Statistical return of the lunatic asylum in Assam - 1912-1932
Year: 1912
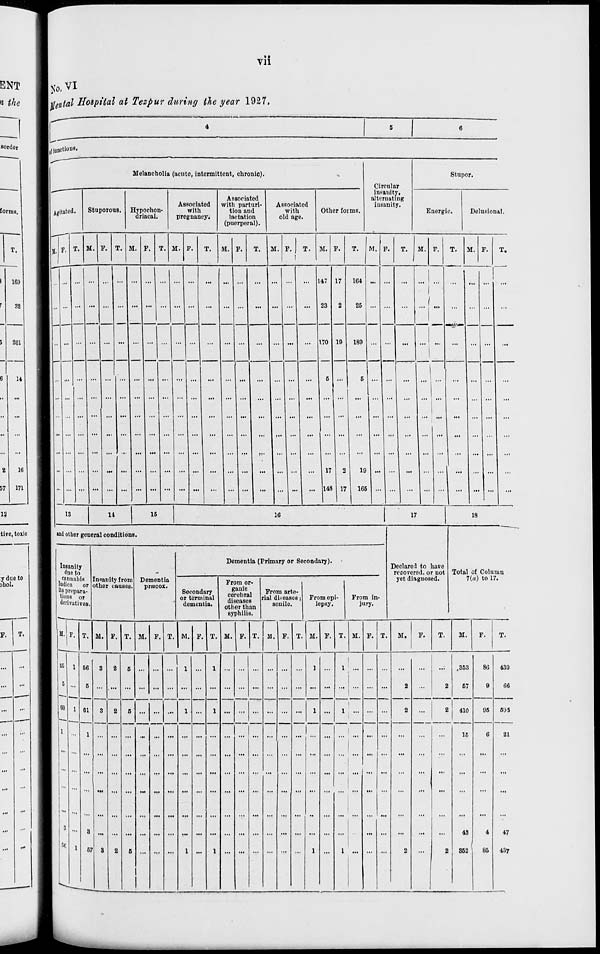
vn
No. VI
Ijfrftft^ Hospital at Tezpur during the year 1927,
L| (unctions.
Meiancholiu (acute, intermittent, chronic).
Agitated.
Stuporous. Hypochon-
driacal.
Associated
with
pregnancy.
Associated
with parturi-
tion and
lactation
(puerperal).
Associated
with
old age.
Other foims.
Circular
Insanity,
alternating
insanity.
Stupor.
Enorgic.
Delusional.
M. F. T. M. P.
M.
M.
T.
M.
M.
T. M. E.
M.
L47
23
170
17
19
1C4
25
189
P.
M.
T. If.
17
148 17
19
165
13
14
15
16
17
18
«nd other general conditions.
Insanity
due to
camiabis
Indica
or
its prepara-
tions or
derivatives,
Insanity from
other causes
Dementia
prmcox.
Dementia (Primary or Secondary).
Secondary
or terminal
dementia.
From or-
ganic
cerebral
diseases
other than
syphilis.
From arte-
rial diseases ;
senile.
From epi-
lepsy.
From in-
jury.
Declared to have
recovered, or not
yet diagnosed.
Total of Column
7(a) to 17.
M. F. T. M.
M. F.
M.
00
Gl
3
5C
67
5 ...
M. F. I. M. F. T. M. F.
M.
1 ...
1
1
... ...
1
1 ...
1
1
M.
F.
T.
M.
F.
T.
.353
67
2 I 410
15
80
9
05
43
852 \ 85
439
66
605
21
47
437